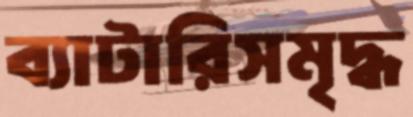
ব্যাটারিসমৃদ্ধ